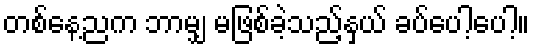
တစ်နေ့ညက ဘာမျှ မဖြစ်ခဲ့သည့်နှယ် ခပ်ပေါ့ပေါ့။